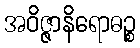
အဝိဇ္ဇာနိရောဓဉ္စ